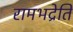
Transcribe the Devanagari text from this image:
रामभद्रेति